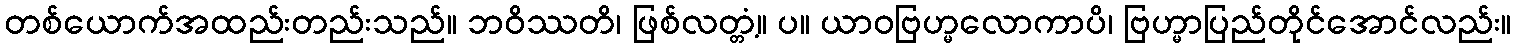
တစ်ယောက်အထည်းတည်းသည်။ ဘဝိဿတိ၊ ဖြစ်လတ္တံ့။ ပ။ ယာဝဗြဟ္မလောကာပိ၊ ဗြဟ္မာပြည်တိုင်အောင်လည်း။